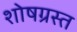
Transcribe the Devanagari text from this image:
शोषग्रस्‍त